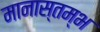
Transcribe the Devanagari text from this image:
मानास्तम्भ